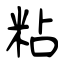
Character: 粘